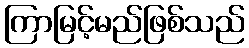
ကြာမြင့်မည်ဖြစ်သည်